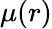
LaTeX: \mu(r)